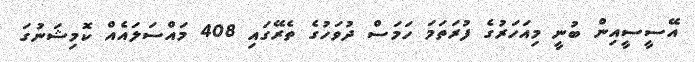
އޭސީސީއިން ބުނީ މިއަހަރުގެ ފުރަތަމަ ހަމަސް ދުވަހުގެ ތެރޭގައި 408 މައްސަލައެއް ކޮމިޝަނުގަ